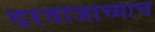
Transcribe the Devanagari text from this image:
दरवाजाच्याच